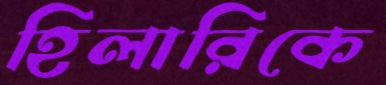
হিলারিকে